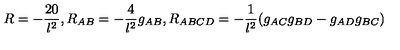
R = - \frac { 2 0 } { l ^ { 2 } } , R _ { A B } = - \frac { 4 } { l ^ { 2 } } g _ { A B } , R _ { A B C D } = - \frac { 1 } { l ^ { 2 } } ( g _ { A C } g _ { B D } - g _ { A D } g _ { B C } )